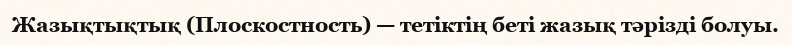
Жазықтықтық (Плоскостность) — тетіктің беті жазық тәрізді болуы.